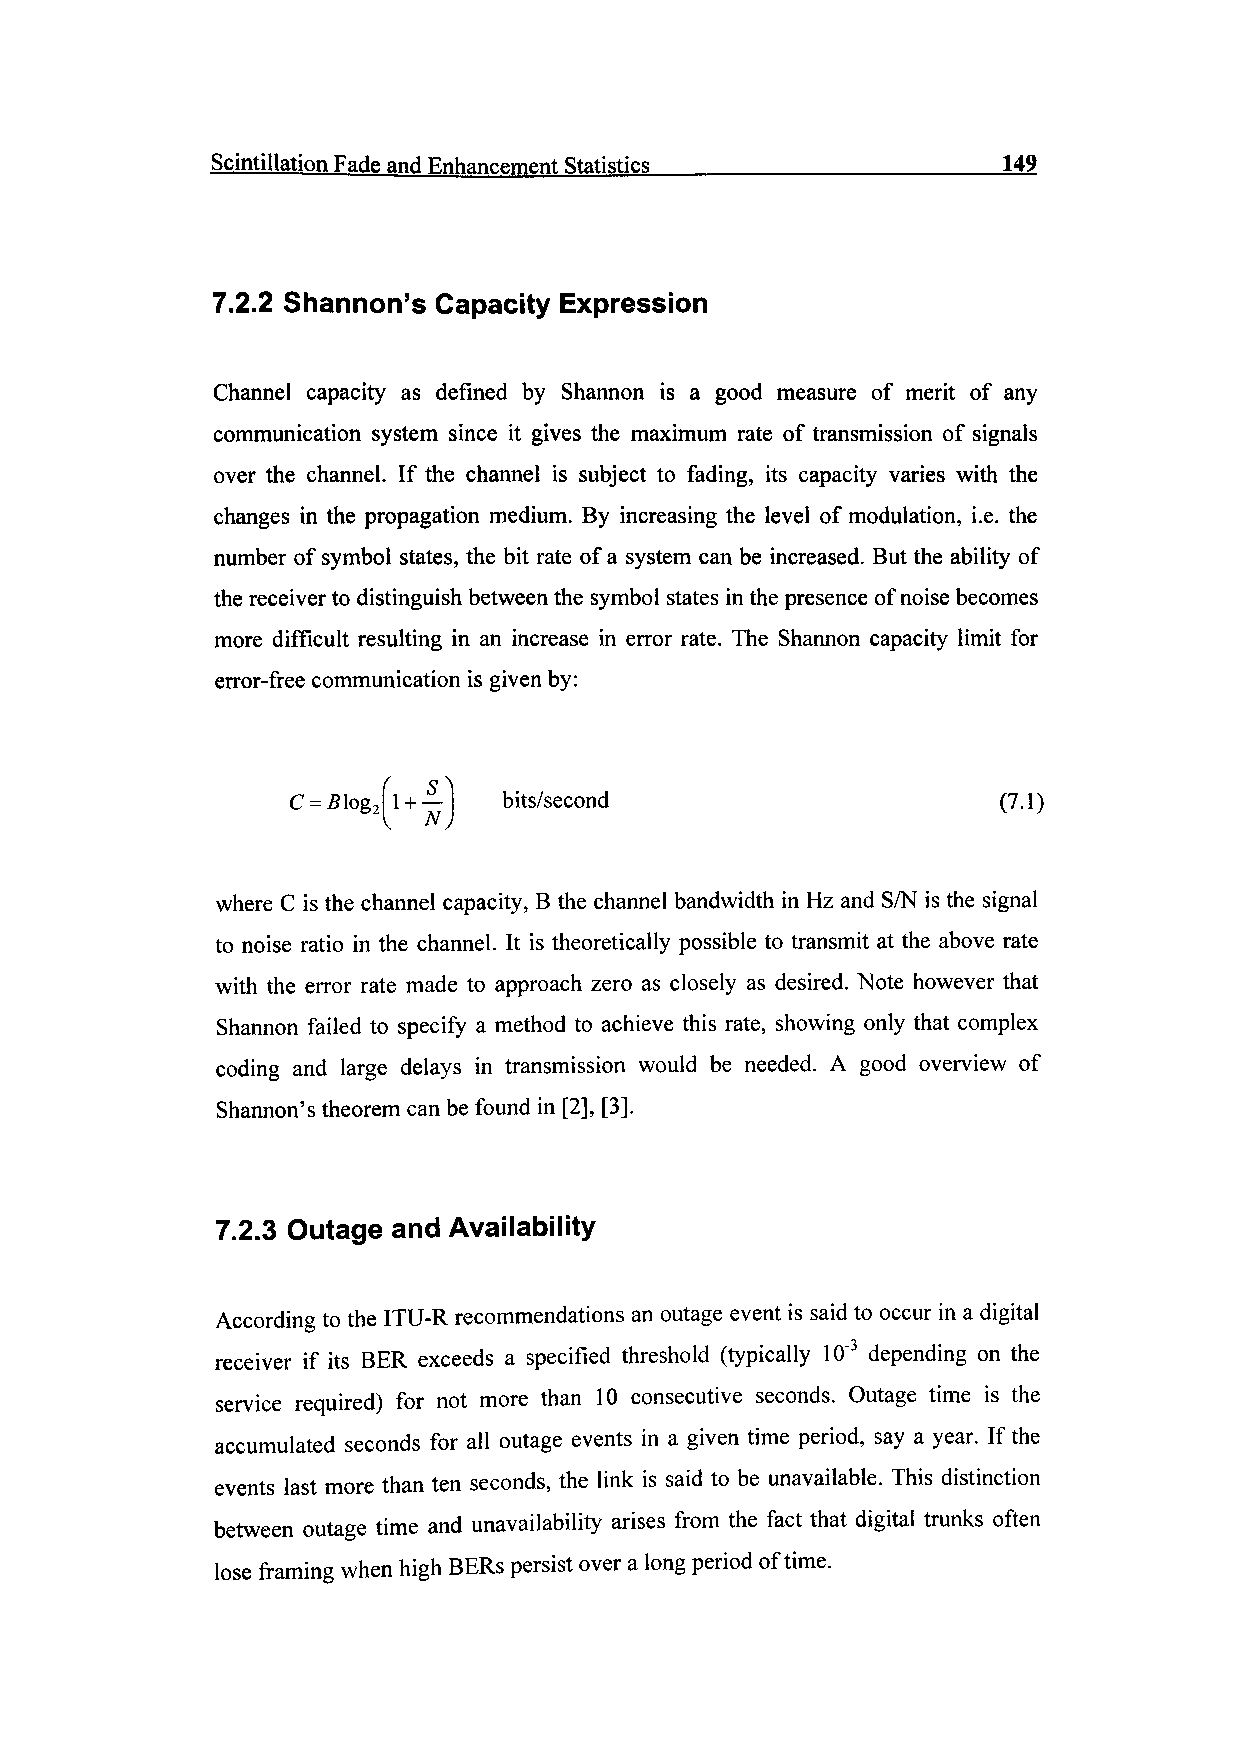
Scintillation Fade and Enhancement Statistics____________________149
 7.2.2 Shannon's Capacity Expression
 Channel capacity as defined by Shannon is a good measure of merit of any
 communication system since it gives the maximum rate of transmission of signals
 over the channel. If the channel is subject to fading, its capacity varies with the
 changes in the propagation medium. By increasing the level of modulation, i.e. the
 number of symbol states, the bit rate of a system can be increased. But the ability of
 the receiver to distinguish between the symbol states in the presence of noise becomes
 more difficult resulting in an increase in error rate. The Shannon capacity limit for
 error-free communication is given by:
 C
 1 1 + —I bits/second                     (7.1)
 where C is the channel capacity, B the channel bandwidth in Hz and S/N is the signal
 to noise ratio in the channel. It is theoretically possible to transmit at the above rate
 with the error rate made to approach zero as closely as desired. Note however that
 Shannon failed to specify a method to achieve this rate, showing only that complex
 coding and large delays in transmission would be needed. A good overview of
 Shannon's theorem can be found in [2], [3].
 7.2.3 Outage and Availability
 According to the ITU-R recommendations an outage event is said to occur in a digital
 receiver if its BER exceeds a specified threshold (typically 10"3 depending on the
 service required) for not more than 10 consecutive seconds. Outage time is the
 accumulated seconds for all outage events in a given time period, say a year. If the
 events last more than ten seconds, the link is said to be unavailable. This distinction
 between outage time and unavailability arises from the fact that digital trunks often
 lose framing when high BERs persist over a long period of time.